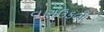
વણઉકલી